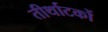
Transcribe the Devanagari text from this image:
तीर्थाटकों